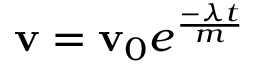
\mathbf { v } = \mathbf { v } _ { 0 } e ^ { \frac { - \lambda t } { m } }